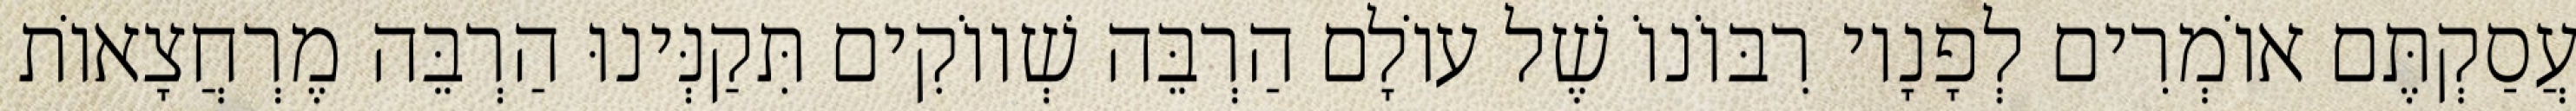
עֲסַקְתֶּם אוֹמְרִים לְפָנָיו רִבּוֹנוֹ שֶׁל עוֹלָם הַרְבֵּה שְׁווֹקִים תִּקַנְּינוּ הַרְבֵּה מֶרְחֲצָאוֹת